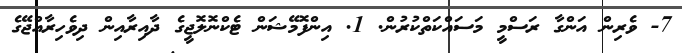
7- ވެރިން އަންގާ ރަސްމީ މަސައްކަތްކުރުން. 1. އިންފޮމޭޝަން ޓެކްނޮލޮޖީގެ ދާއިރާއިން ދިވެހިރާއްޖޭގެ